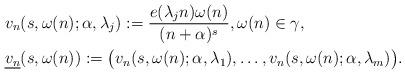
LaTeX: \begin{align*}&v_n (s,\omega(n);\alpha,\lambda_j) := \frac{e(\lambda_j n)\omega(n)}{(n+\alpha)^{s}},\omega(n) \in \gamma,\\&\underline{v_n} (s,\omega(n)) := \bigl( v_n(s,\omega(n);\alpha,\lambda_1),\ldots, v_n (s,\omega(n);\alpha,\lambda_m) \bigr).\end{align*}